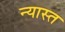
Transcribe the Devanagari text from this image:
न्यास्त